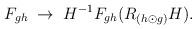
LaTeX: \begin{align*}F_{gh} \; \rightarrow \; H^{-1} F_{gh}(R_{(h \odot g)} H).\end{align*}